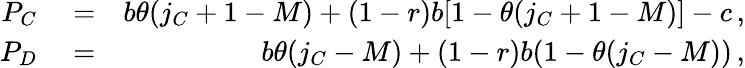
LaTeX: \begin{array}{rlr}{P_{C}}&{{}=}&{b\theta(j_{C}+1-M)+(1-r)b[1-\theta(j_{C}+1-M)]-c\, ,}\\ {P_{D}}&{{}=}&{b\theta(j_{C}-M)+(1-r)b(1-\theta(j_{C}-M))\, ,}\end{array}